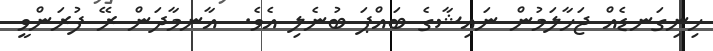
ހިނިގަނޑެއް ޖަހާލަމުން ނައިޝާގެ ބައްޕަ ބުނެލި އެވެ.  އާނމާދަން ރޭ ފުރަންވީ